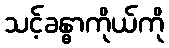
သင့်ခန္ဓာကိုယ်ကို